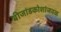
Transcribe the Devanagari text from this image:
बीजांडकोशांजवळ